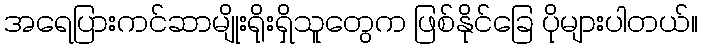
အရေပြားကင်ဆာမျိုးရိုးရှိသူတွေက ဖြစ်နိုင်ခြေ ပိုများပါတယ်။